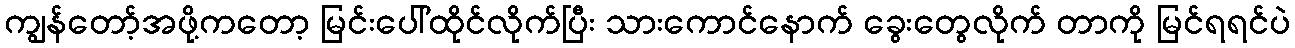
ကျွန်တော့်အဖို့ကတော့ မြင်းပေါ်ထိုင်လိုက်ပြီး သားကောင်နောက် ခွေးတွေလိုက် တာကို မြင်ရရင်ပဲ